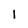
Character: i